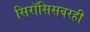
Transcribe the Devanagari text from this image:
सिरॉसिसवरही